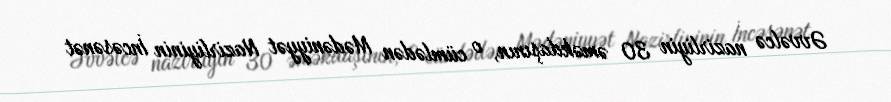
Əvvəlcə nazirliyin 30 əməkdaşının, o cümlədən Mədəniyyət Nazirliyinin İncəsənət